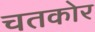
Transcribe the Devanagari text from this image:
चतकोर